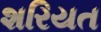
શરિયત